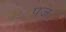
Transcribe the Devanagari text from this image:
पज